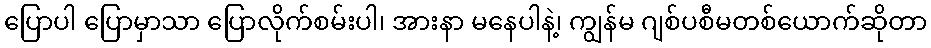
ပြောပါ ပြောမှာသာ ပြောလိုက်စမ်းပါ၊ အားနာ မနေပါနဲ့၊ ကျွန်မ ဂျစ်ပစီမတစ်ယောက်ဆိုတာ